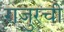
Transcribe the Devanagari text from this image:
राजुरची